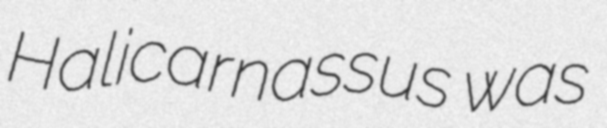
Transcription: Halicarnassus was